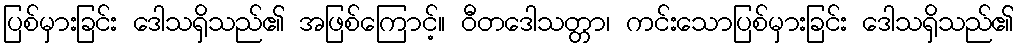
ပြစ်မှားခြင်း ဒေါသရှိသည်၏ အဖြစ်ကြောင့်။ ဝီတဒေါသတ္တာ၊ ကင်းသောပြစ်မှားခြင်း ဒေါသရှိသည်၏